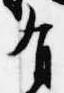
有